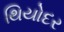
થિયોદર